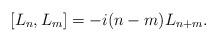
LaTeX: \begin{align*}\left[L_n,L_m\right]=-i(n-m)L_{n+m}.\end{align*}